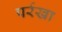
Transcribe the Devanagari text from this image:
पर्रखा